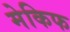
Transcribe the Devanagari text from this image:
मेकिफ